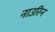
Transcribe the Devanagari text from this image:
नाउरिन